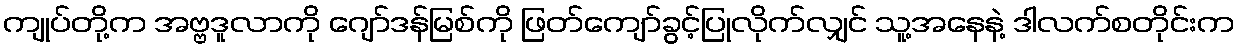
ကျုပ်တို့က အဗ္ဗဒူလာကို ဂျော်ဒန်မြစ်ကို ဖြတ်ကျော်ခွင့်ပြုလိုက်လျှင် သူ့အနေနဲ့ ဒါလက်စတိုင်းက